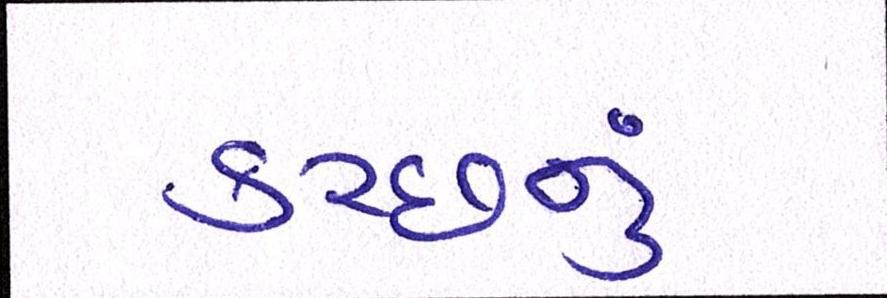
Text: કચ્છનું